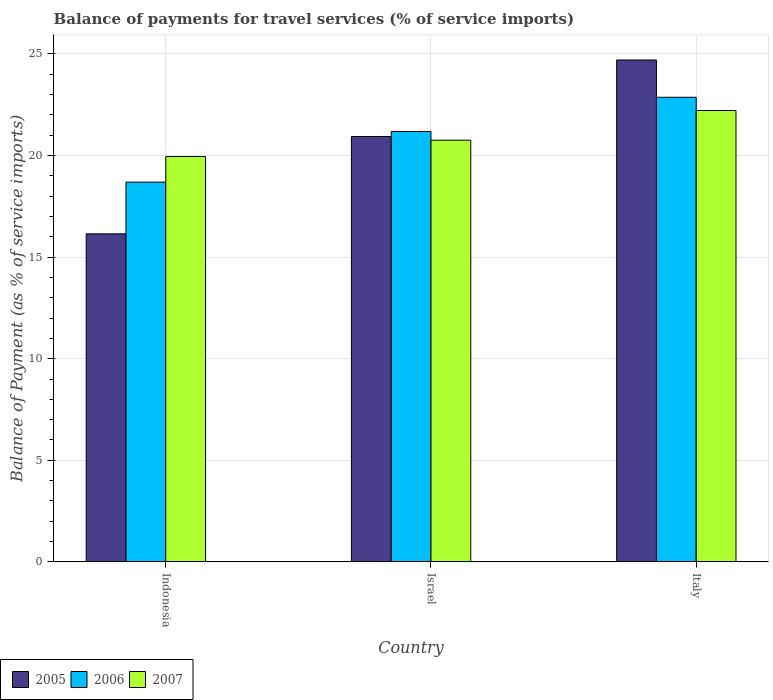
| Country | 2005 | 2006 | 2007 |
 | --- | --- | --- | --- |
 | Indonesia | 16.1 | 18.7 | 20 |
 | Israel | 20.9 | 21.2 | 20.8 |
 | Italy | 24.7 | 22.9 | 22.2 |